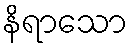
နိရာသော